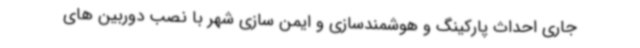
جاری احداث پارکینگ و هوشمندسازی و ایمن سازی شهر با نصب دوربین های